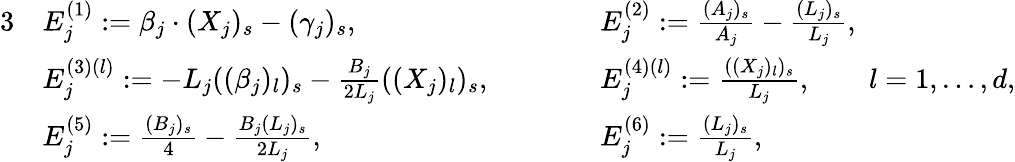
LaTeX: \begin{array}{rlrl}{{3}}&{E_{j}^{(1)}:=\beta_{j}\cdot(X_{j})_{s}-(\gamma_{j})_{s},}&{\qquad}&{E_{j}^{(2)}:=\frac{(A_{j})_{s}}{A_{j}}-\frac{(L_{j})_{s}}{L_{j}},}\\ &{E_{j}^{(3)(l)}:=-L_{j}((\beta_{j})_{l})_{s}-\frac{B_{j}}{2L_{j}}((X_{j})_{l})_{s},}&{\qquad}&{E_{j}^{(4)(l)}:=\frac{((X_{j})_{l})_{s}}{L_{j}},\qquad l=1,\dots,d,}\\ &{E_{j}^{(5)}:=\frac{(B_{j})_{s}}{4}-\frac{B_{j}(L_{j})_{s}}{2L_{j}},}&{\qquad}&{E_{j}^{(6)}:=\frac{(L_{j})_{s}}{L_{j}},}\end{array}